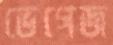
ভেগেজ